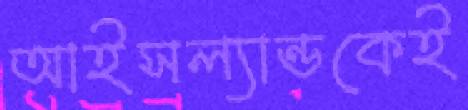
আইসল্যান্ডকেই